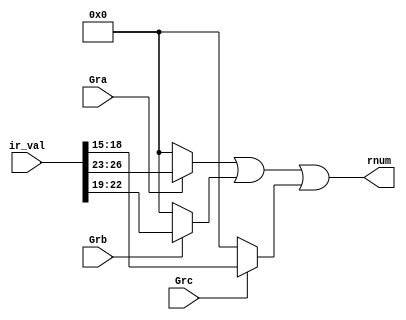
module ir_decoder(
    input wire [31:0] ir_val,
    input wire Gra,Grb,Grc,
    output wire [3:0] rnum
);

assign rnum = 
    (Gra ? ir_val[26:23] : 0) |
    (Grb ? ir_val[22:19] : 0) |
    (Grc ? ir_val[18:15] : 0)
;

endmodule